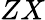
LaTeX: ZX